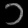
Digit: ၁